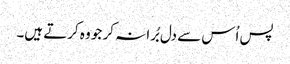
پس اُس سے دل بُرا نہ کر جو وہ کرتے ہیں۔